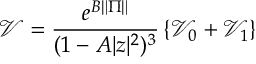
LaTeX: \mathcal { V } = \frac { e ^ { B \| \Pi \| } } { ( 1 - A | z | ^ { 2 } ) ^ { 3 } } \left\{ \mathcal { V } _ { 0 } + \mathcal { V } _ { 1 } \right\}